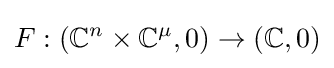
F:(\mathbb {C} ^{n}\times \mathbb {C} ^{\mu },0)\to (\mathbb {C} ,0)